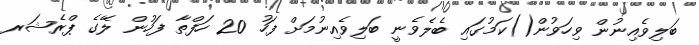
ބަލިވެއިނުން ވިހަވުން()ކަމުގައި ބެލެވެނީ ބަލިވެއިނުމަށް ފަހު 20 ހަފްތާ ފަހުން ލޭގެ ޕްރެޝަރ